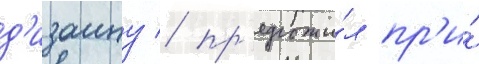
д'изаину / пр'едложи́л пр'и́